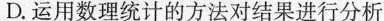
D.运用数理统计的方法对结果进行分析